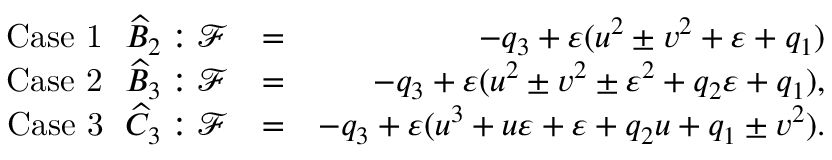
\begin{array} { r l r } { \mathrm { C a s e \ 1 } \ \ \widehat B _ { 2 } : \mathcal { F } } & { = } & { - q _ { 3 } + \varepsilon ( u ^ { 2 } \pm v ^ { 2 } + \varepsilon + q _ { 1 } ) } \\ { \mathrm { C a s e \ 2 } \ \ \widehat B _ { 3 } : \mathcal { F } } & { = } & { - q _ { 3 } + \varepsilon ( u ^ { 2 } \pm v ^ { 2 } \pm \varepsilon ^ { 2 } + q _ { 2 } \varepsilon + q _ { 1 } ) , } \\ { \mathrm { C a s e \ 3 } \ \ \widehat C _ { 3 } : \mathcal { F } } & { = } & { - q _ { 3 } + \varepsilon ( u ^ { 3 } + u \varepsilon + \varepsilon + q _ { 2 } u + q _ { 1 } \pm v ^ { 2 } ) . } \end{array}